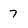
Character: 7